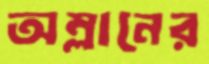
অম্লানের